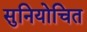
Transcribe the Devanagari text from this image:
सुनियोचित